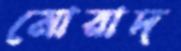
মোরাদ